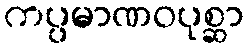
ကပ္ပမာဏဝပုစ္ဆာ